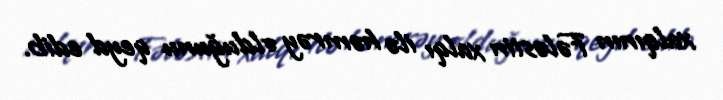
xalqının Fələstin xalqı ilə həmrəy olduğunu qeyd edib.